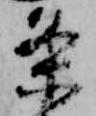
条